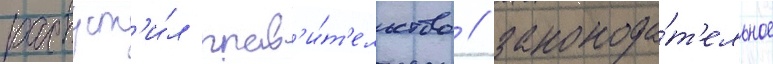
распуст'и́л прав'и́т'ельство / законода́т'ельное